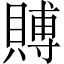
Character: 賻